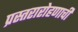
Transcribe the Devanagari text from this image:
प्रस्तरारोहणाची